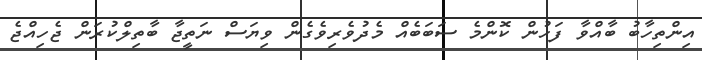
އިންތިހާބު ބާއްވާ ފަހުން ކޮންމެ ސަބަބެއް މެދުވެރިވެގެން ވިިޔަސް ނަތީޖާ ބާތިލްކުރަން ޖެހިއްޖެ